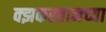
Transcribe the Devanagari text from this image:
क्झकस्तानच्या